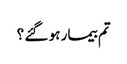
تم بیمار ہو گئے ؟